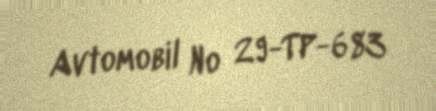
Avtomobil № 29-TP-683